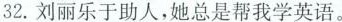
32.刘丽乐于助人，她总是帮我学英语。